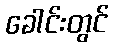
ခေါင်းတွင်